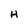
Character: H